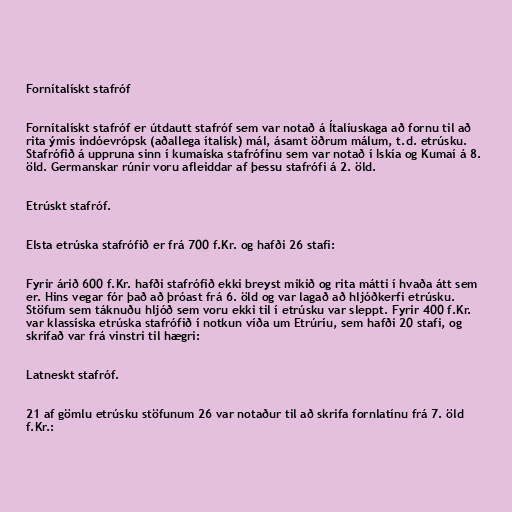
Fornítalískt stafróf

Fornítalískt stafróf er útdautt stafróf sem var notað á Ítalíuskaga að fornu til að
rita ýmis indóevrópsk (aðallega ítalísk) mál, ásamt öðrum málum, t.d. etrúsku.
Stafrófið á uppruna sinn í kumaíska stafrófinu sem var notað í Iskía og Kumaí á 8.
öld. Germanskar rúnir voru afleiddar af þessu stafrófi á 2. öld.

Etrúskt stafróf.

Elsta etrúska stafrófið er frá 700 f.Kr. og hafði 26 stafi:

Fyrir árið 600 f.Kr. hafði stafrófið ekki breyst mikið og rita mátti í hvaða átt sem
er. Hins vegar fór það að þróast frá 6. öld og var lagað að hljóðkerfi etrúsku.
Stöfum sem táknuðu hljóð sem voru ekki til í etrúsku var sleppt. Fyrir 400 f.Kr.
var klassíska etrúska stafrófið í notkun víða um Etrúríu, sem hafði 20 stafi, og
skrifað var frá vinstri til hægri:

Latneskt stafróf.

21 af gömlu etrúsku stöfunum 26 var notaður til að skrifa fornlatínu frá 7. öld
f.Kr.: